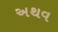
અથવ